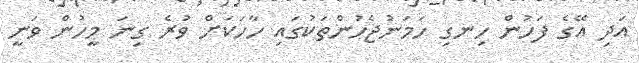
އަދި އޭގެ ފަހުން ހިނގި ހަމަނުޖެހުންތަކުގައި ހާހަކަށް ވުރެ ގިނަ މީހުން ވަނީ